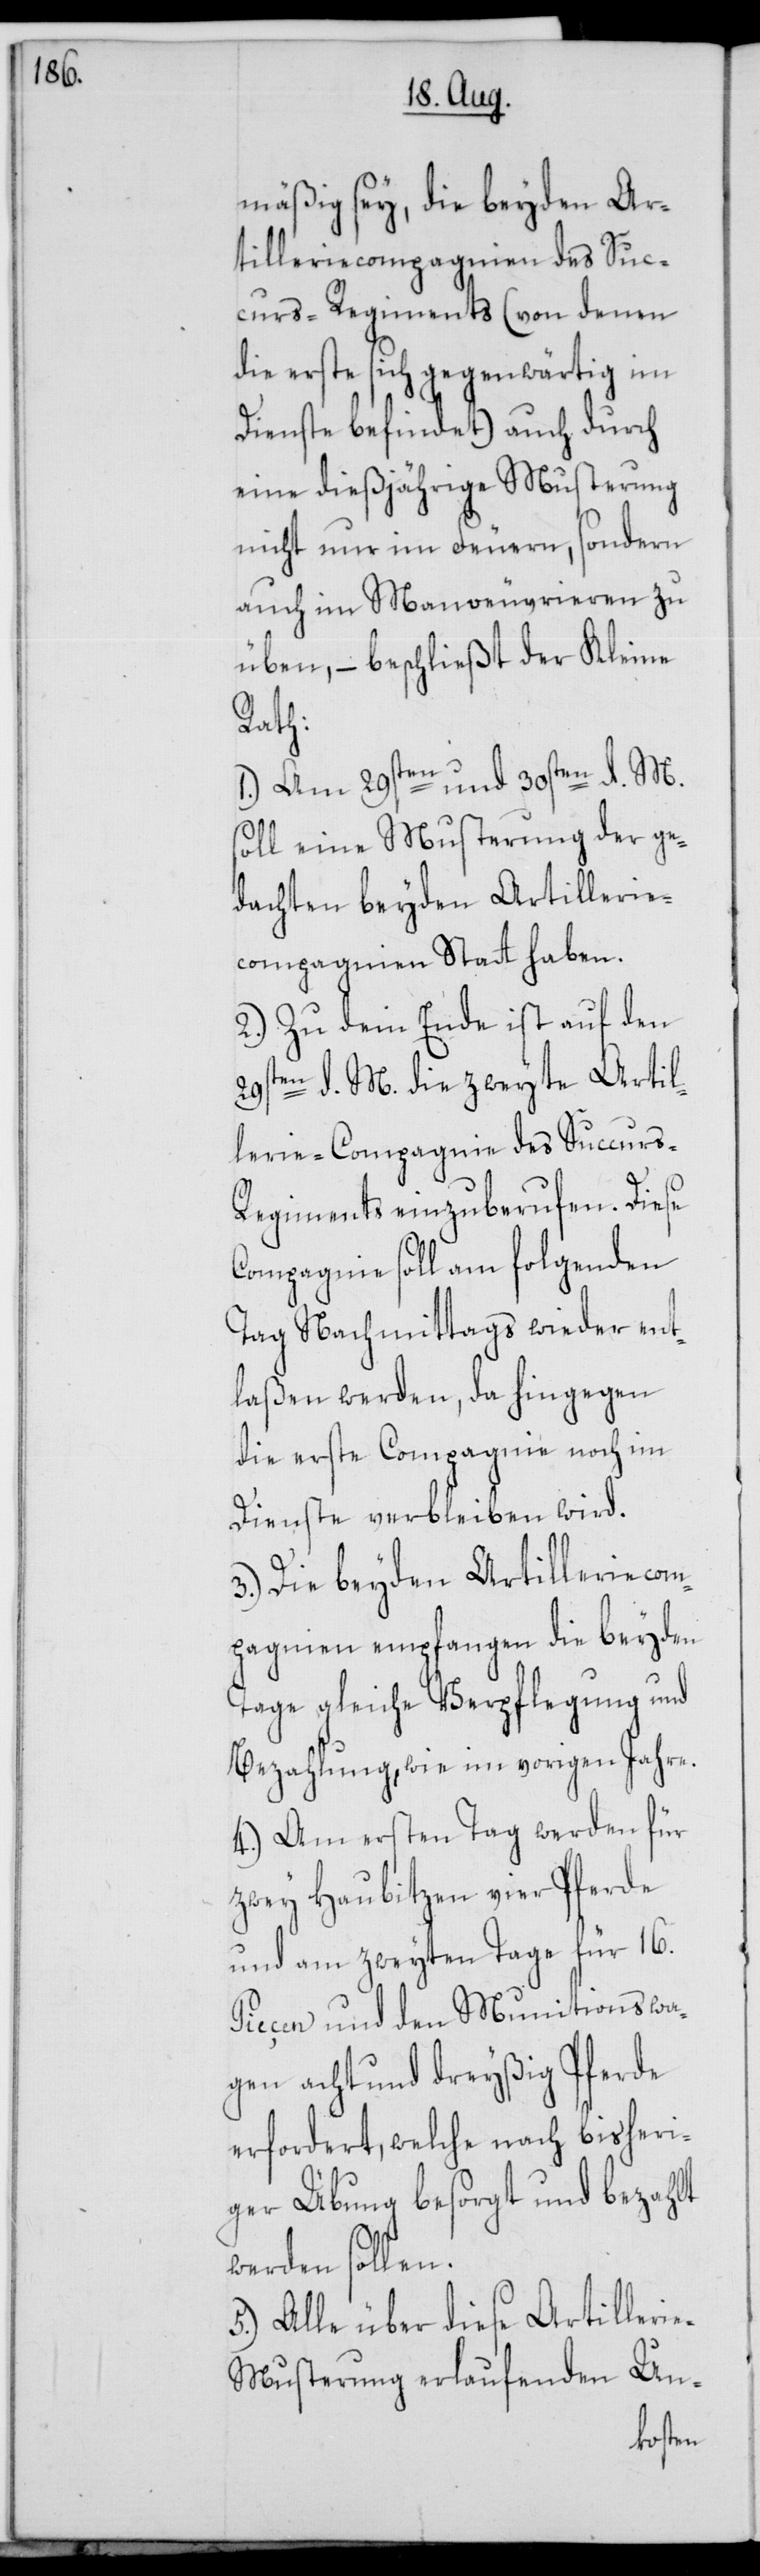
mäßig sey, die beyden Ar¬
tilleriecompagnien des Suc¬
curs-Regiments (von denen
die erste sich gegenwärtig im
Dienste befindet) auch durch
eine dießjährige Musterung
nicht nur im Feuern, sondern
auch im Manoeuvrieren zu
üben, – beschließt der Kleine
Rath:
1.) Am 29sten und 30sten d. M.
soll eine Musterung der ge¬
dachten beyden Artillerie¬
compagnien Statt haben.
2.) Zu dem Ende ist auf den
29sten d. M. die zweyte Artil¬
lerie-Compagnie des Succurs-R¬
egiments einzuberufen. Diese
Compagnie soll am folgenden
Tag Nachmittags wieder ent¬
laßen werden, da hingegen
die erste Compagnie noch im
Dienste verbleiben wird.
3.) Die beyden Artilleriecom¬
pagnien empfangen die beyden
Tage gleiche Verpflegung und
Bezahlung, wie im vorigen Jahre.
4.) Am ersten Tag werden für
zwey Haubitzen vier Pferde
und am zweyten Tage für 16.
Pieçen und den Munitionswa¬
gen acht und dreyßig Pferde
erforderet, welche nach bisheri¬
ger Übung besorgt und bezahlt
werden sollen.
5.) Alle über diese Artilleri¬
e-Musterung erlaufenden Un-